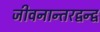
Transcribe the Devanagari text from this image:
जीवनान्तरद्वन्द्व